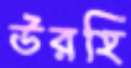
উরহি